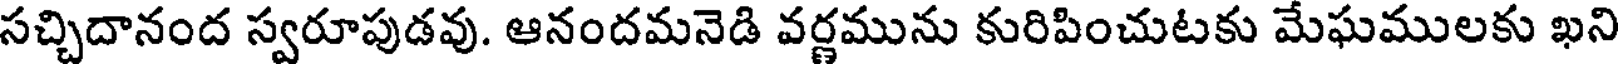
సచ్చిదానంద స్వరూపుడవు. ఆనందమనెడి వర్ణమును కురిపించుటకు మేఘములకు ఖని